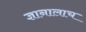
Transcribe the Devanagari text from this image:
ज्ञानालाच